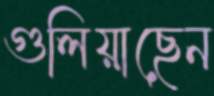
গুলিয়াছেন